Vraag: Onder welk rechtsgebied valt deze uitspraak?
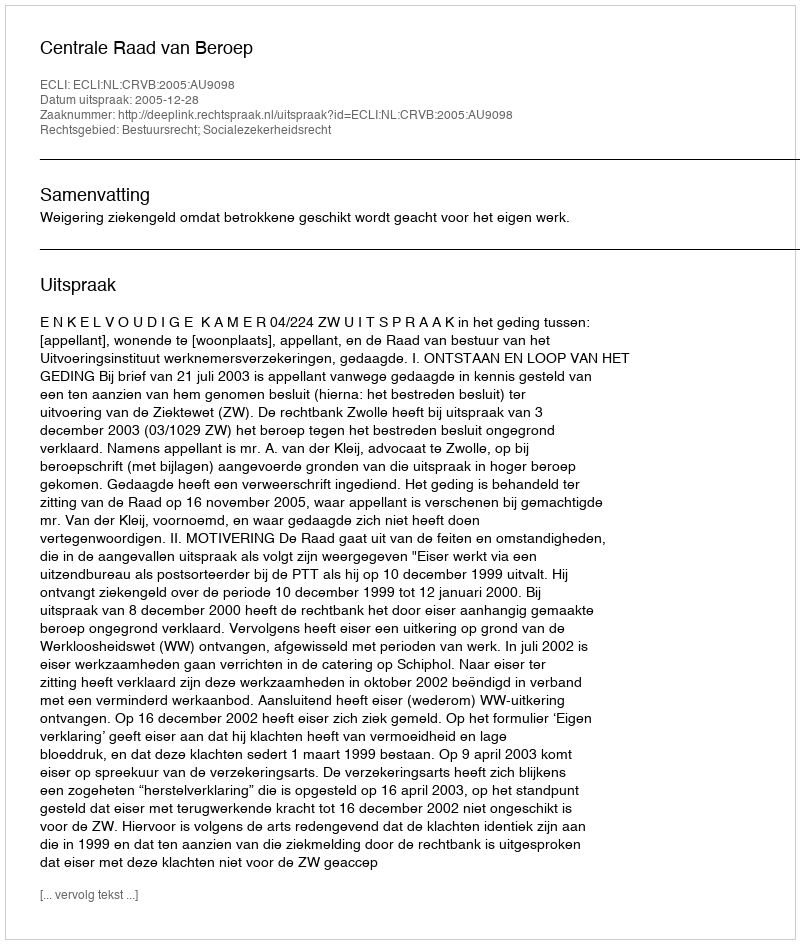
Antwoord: Bestuursrecht; Socialezekerheidsrecht